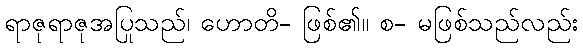
ရာဇုရာဇုအပြုသည်၊ ဟောတိ- ဖြစ်၏။ စ- မဖြစ်သည်လည်း